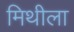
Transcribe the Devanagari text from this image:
मिथीला